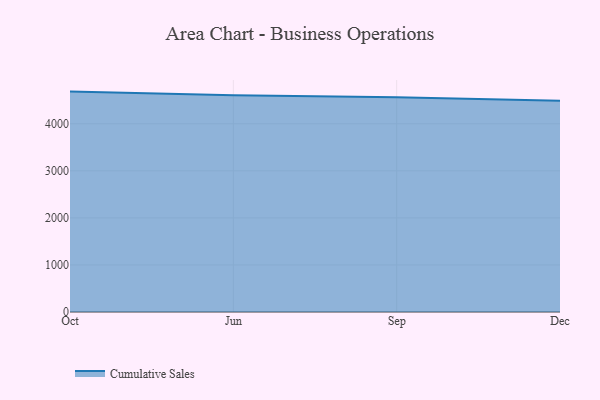
{"axis": {"x": "Month", "y": "Humidity (%)"}, "legend": ["Cumulative Sales"], "data": [{"x": "Oct", "y": 4683.9, "type": "Cumulative Sales"}, {"x": "Jun", "y": 4604.3, "type": "Cumulative Sales"}, {"x": "Sep", "y": 4563.4, "type": "Cumulative Sales"}, {"x": "Dec", "y": 4489.2, "type": "Cumulative Sales"}]}